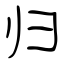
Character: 归